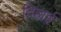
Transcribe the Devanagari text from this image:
दिहाई